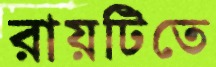
রায়টিতে